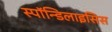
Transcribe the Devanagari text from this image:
स्पाॅन्डिलाइसिस